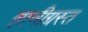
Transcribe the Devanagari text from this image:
हानीग्रस्त